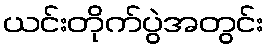
ယင်းတိုက်ပွဲအတွင်း